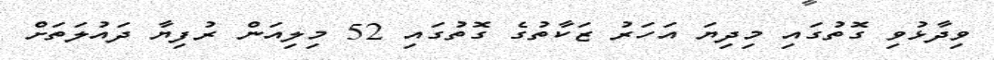
ވިދާޅުވި ގޮތުގައި މިދިޔަ އަހަރު ޒަކާތުގެ ގޮތުގައި 52 މިލިއަން ރުފިޔާ ދައުލަތަށް